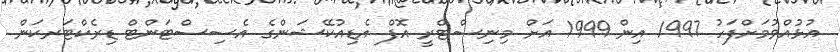
އުޅުއްވުމަށްފަހު 1997 އިން 1999 އަށް މިނިސްޓްރީ އޮފް އެޑިއުކޭޝަންގެ އެސިސްޓަންޓް ޑިރެކްޓަރކަން